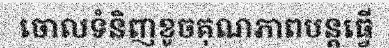
ចោលទំនិញខូចគុណភាពបន្តធ្វើ